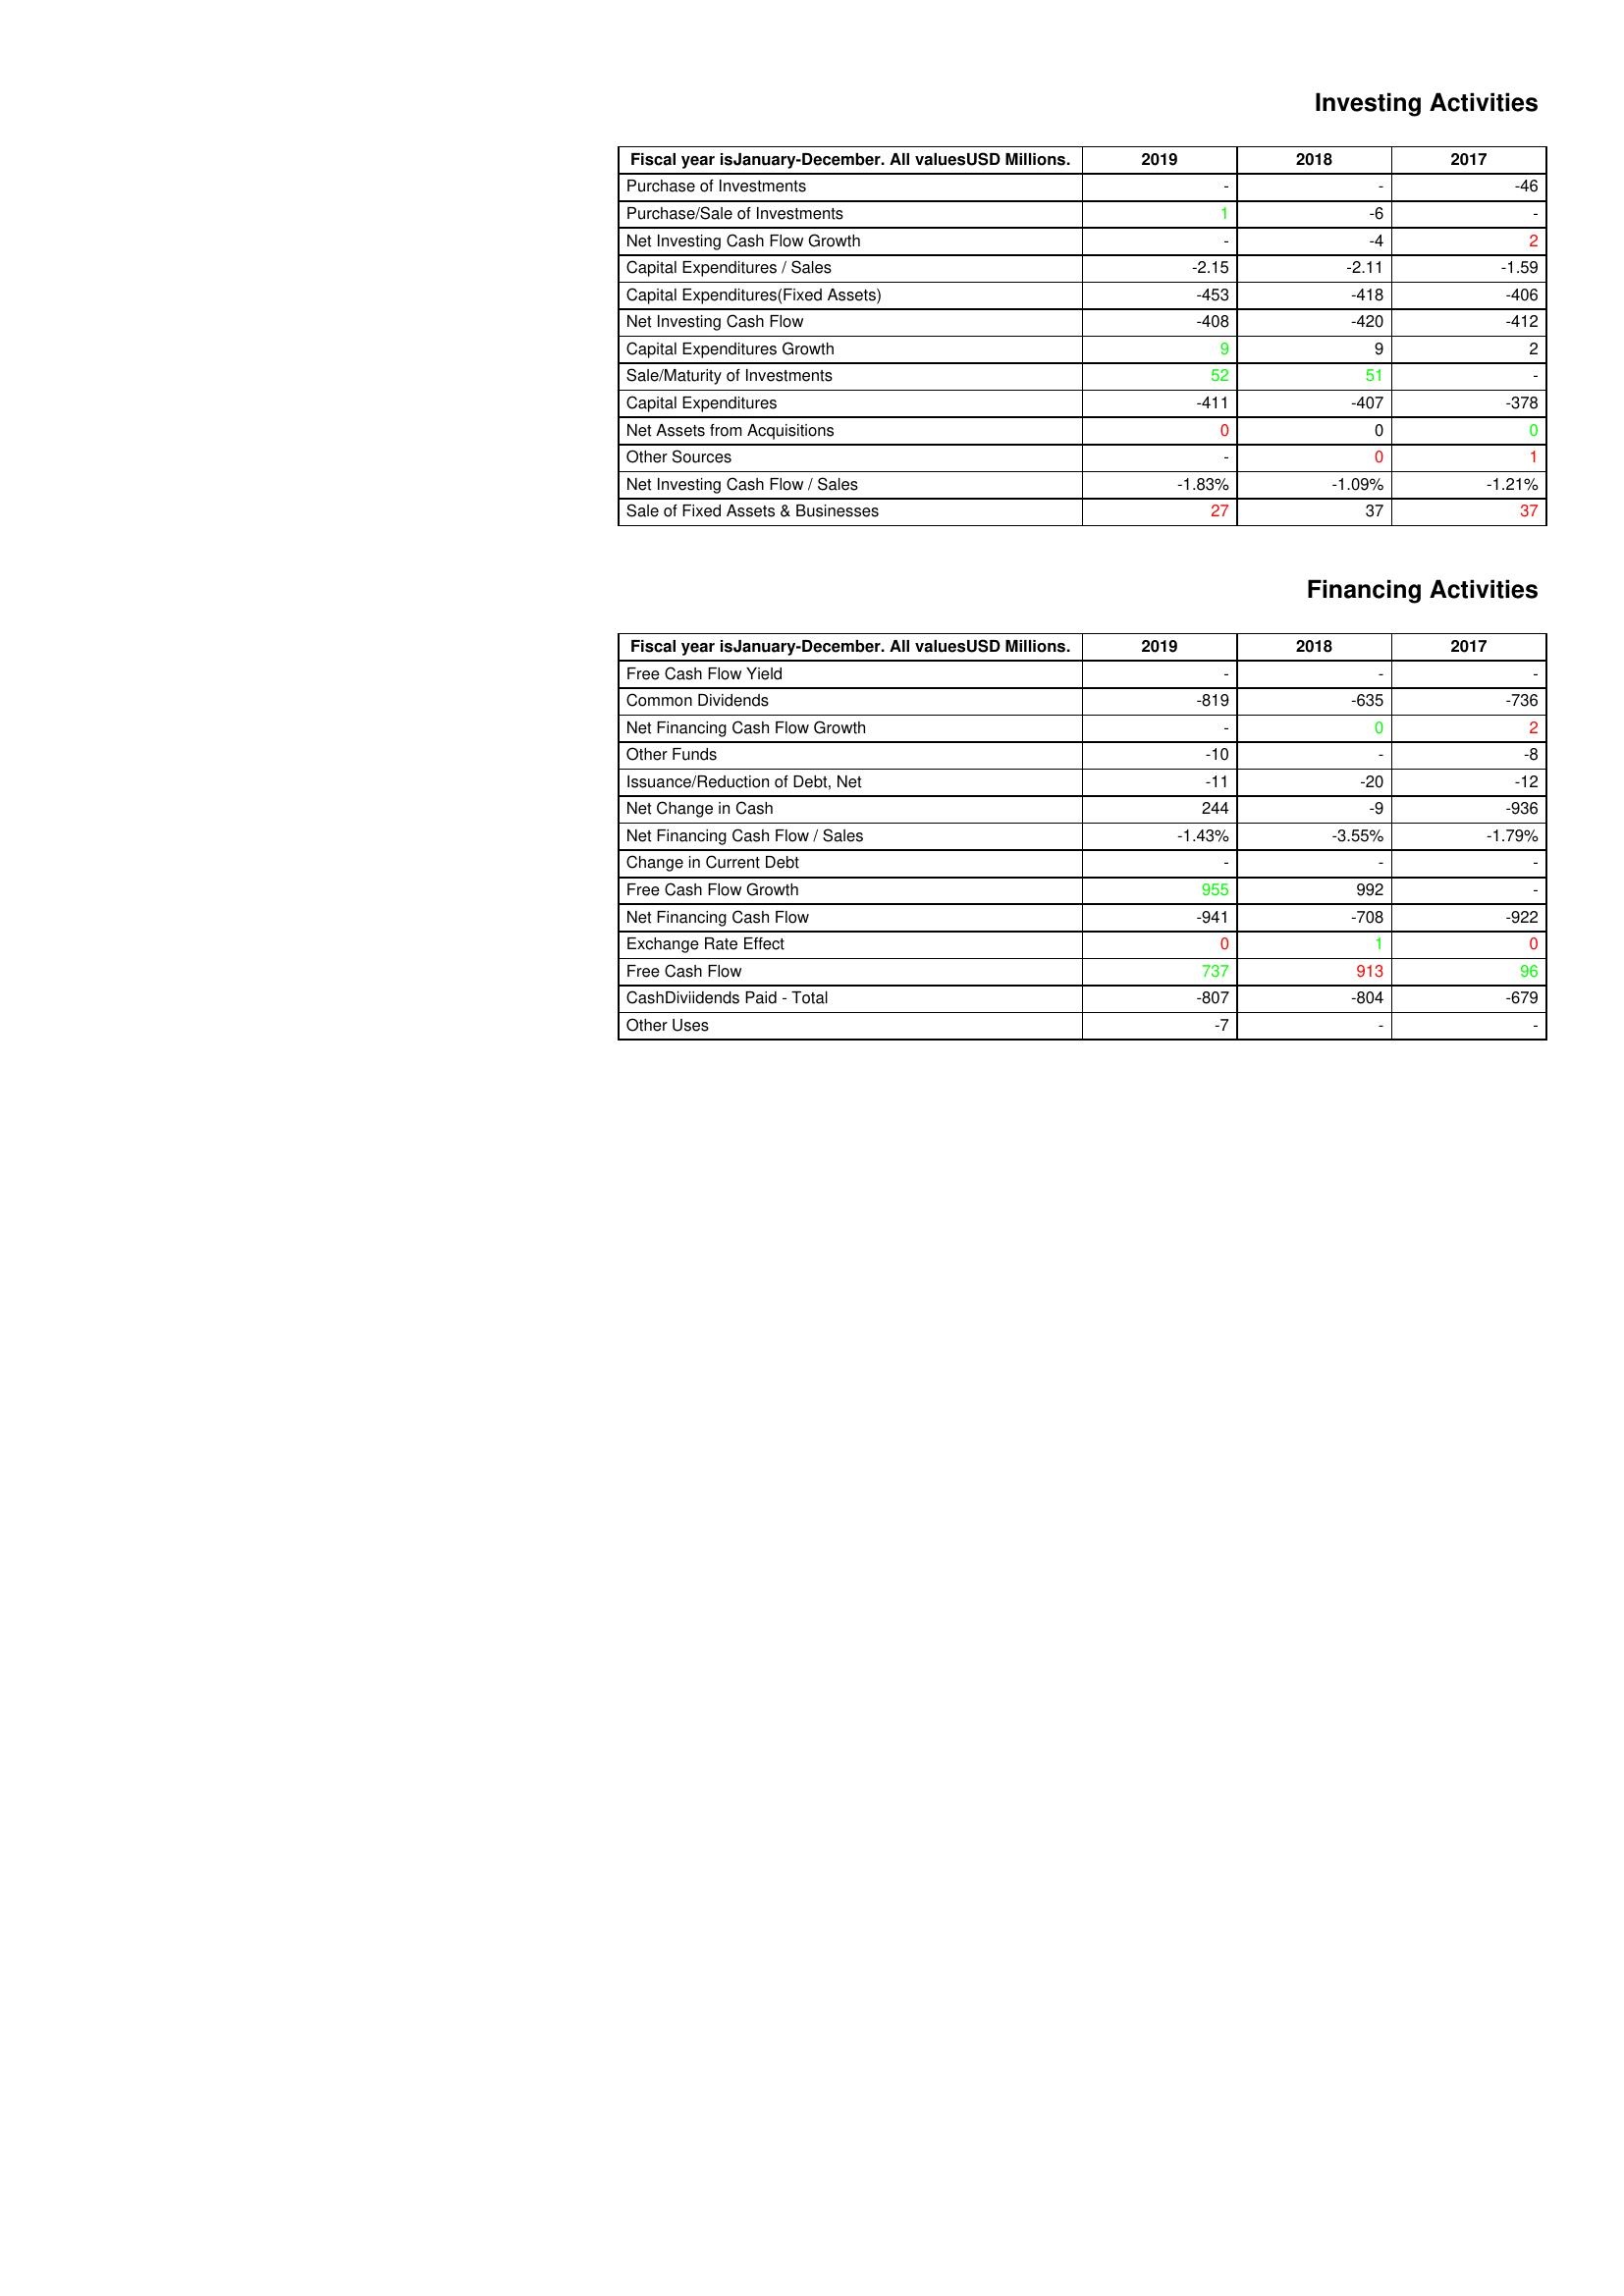
gt_parse: 2019: Investing Activities: Purchase of Investments: -
Purchase/Sale of Investments: 1
Net Investing Cash Flow Growth: -
Capital Expenditures / Sales: -2.15
Capital Expenditures(Fixed Assets): -453
Net Investing Cash Flow: -408
Capital Expenditures Growth: 9
Sale/Maturity of Investments: 52
Capital Expenditures: -411
Net Assets from Acquisitions: 0
Other Sources: -
Net Investing Cash Flow / Sales: -1.83%
Sale of Fixed Assets & Businesses: 27
Financing Activities: Free Cash Flow Yield: -
Common Dividends: -819
Net Financing Cash Flow Growth: -
Other Funds: -10
Issuance/Reduction of Debt, Net: -11
Net Change in Cash: 244
Net Financing Cash Flow / Sales: -1.43%
Change in Current Debt: -
Free Cash Flow Growth: 955
Net Financing Cash Flow: -941
Exchange Rate Effect: 0
Free Cash Flow: 737
CashDiviidends Paid - Total: -807
Other Uses: -7
2018: Investing Activities: Purchase of Investments: -
Purchase/Sale of Investments: -6
Net Investing Cash Flow Growth: -4
Capital Expenditures / Sales: -2.11
Capital Expenditures(Fixed Assets): -418
Net Investing Cash Flow: -420
Capital Expenditures Growth: 9
Sale/Maturity of Investments: 51
Capital Expenditures: -407
Net Assets from Acquisitions: 0
Other Sources: 0
Net Investing Cash Flow / Sales: -1.09%
Sale of Fixed Assets & Businesses: 37
Financing Activities: Free Cash Flow Yield: -
Common Dividends: -635
Net Financing Cash Flow Growth: 0
Other Funds: -
Issuance/Reduction of Debt, Net: -20
Net Change in Cash: -9
Net Financing Cash Flow / Sales: -3.55%
Change in Current Debt: -
Free Cash Flow Growth: 992
Net Financing Cash Flow: -708
Exchange Rate Effect: 1
Free Cash Flow: 913
CashDiviidends Paid - Total: -804
Other Uses: -
2017: Investing Activities: Purchase of Investments: -46
Purchase/Sale of Investments: -
Net Investing Cash Flow Growth: 2
Capital Expenditures / Sales: -1.59
Capital Expenditures(Fixed Assets): -406
Net Investing Cash Flow: -412
Capital Expenditures Growth: 2
Sale/Maturity of Investments: -
Capital Expenditures: -378
Net Assets from Acquisitions: 0
Other Sources: 1
Net Investing Cash Flow / Sales: -1.21%
Sale of Fixed Assets & Businesses: 37
Financing Activities: Free Cash Flow Yield: -
Common Dividends: -736
Net Financing Cash Flow Growth: 2
Other Funds: -8
Issuance/Reduction of Debt, Net: -12
Net Change in Cash: -936
Net Financing Cash Flow / Sales: -1.79%
Change in Current Debt: -
Free Cash Flow Growth: -
Net Financing Cash Flow: -922
Exchange Rate Effect: 0
Free Cash Flow: 96
CashDiviidends Paid - Total: -679
Other Uses: -